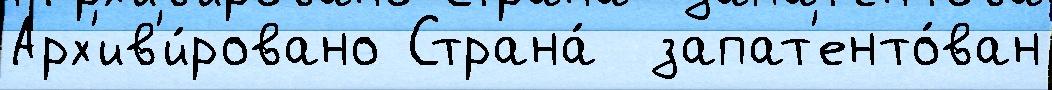
Арх'ив'и́ровано Страна́  запат'енто́ван